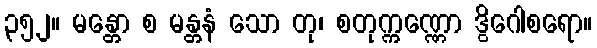
၃၅၂။ မန္တော စ မန္တနံ သော တု၊ စတုက္ကဏ္ဏော ဒွိဂေါစရော။